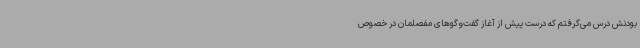
بودنش درس می‌گرفتم که درست پیش از آغاز گفت‌وگوهای مفصلمان در خصوص